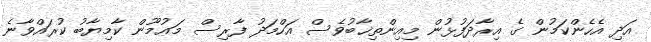
އަދި އެހެންކަމުން ގެ އިރާދަފުޅުން މިއިންތިޚާބުވެސް އަހްމަދު ފާރިސް މަޢުމޫން ކާމިޔާބު ކުރައްވާނެ